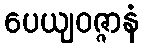
ပေယျဝဇ္ဇာနံ